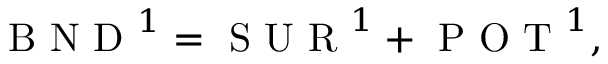
\mathrm { ~ B ~ N ~ D ~ } ^ { 1 } = \mathrm { ~ S ~ U ~ R ~ } ^ { 1 } + \mathrm { ~ P ~ O ~ T ~ } ^ { 1 } ,